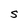
Character: S